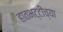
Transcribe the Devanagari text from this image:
हातभट्टीच्या